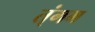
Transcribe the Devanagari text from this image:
त्ंगम